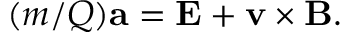
( m / Q ) \mathbf { a } = \mathbf { E } + \mathbf { v } \times \mathbf { B } .